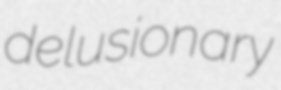
delusionary